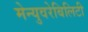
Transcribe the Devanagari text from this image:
मेन्युवरेबिलिटी